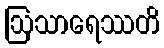
ဩသာရေဿတိ